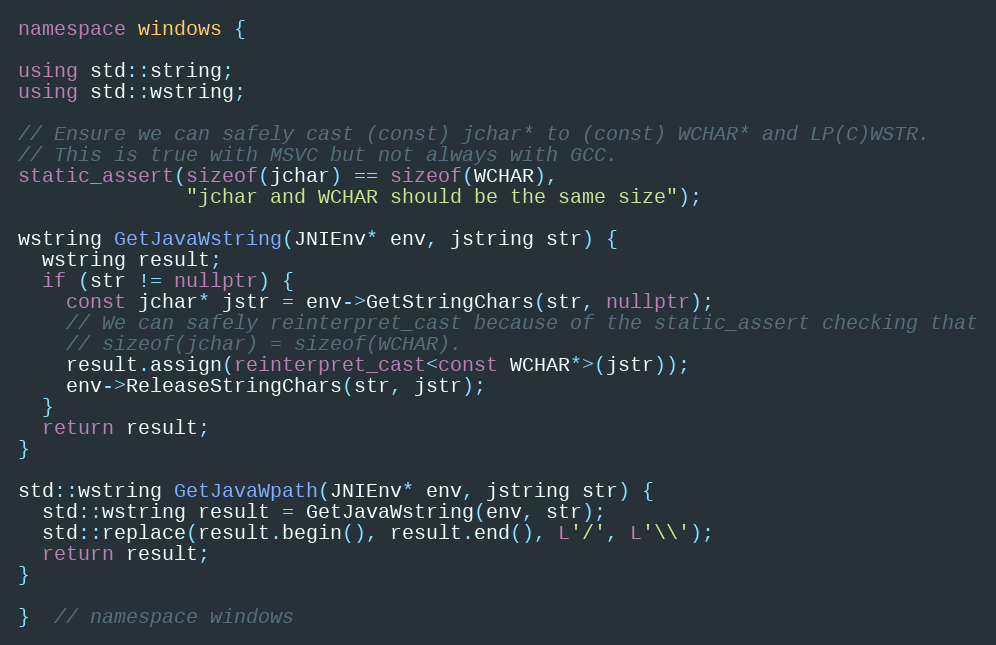
Language: C++
namespace windows {

using std::string;
using std::wstring;

// Ensure we can safely cast (const) jchar* to (const) WCHAR* and LP(C)WSTR.
// This is true with MSVC but not always with GCC.
static_assert(sizeof(jchar) == sizeof(WCHAR),
              "jchar and WCHAR should be the same size");

wstring GetJavaWstring(JNIEnv* env, jstring str) {
  wstring result;
  if (str != nullptr) {
    const jchar* jstr = env->GetStringChars(str, nullptr);
    // We can safely reinterpret_cast because of the static_assert checking that
    // sizeof(jchar) = sizeof(WCHAR).
    result.assign(reinterpret_cast<const WCHAR*>(jstr));
    env->ReleaseStringChars(str, jstr);
  }
  return result;
}

std::wstring GetJavaWpath(JNIEnv* env, jstring str) {
  std::wstring result = GetJavaWstring(env, str);
  std::replace(result.begin(), result.end(), L'/', L'\\');
  return result;
}

}  // namespace windows